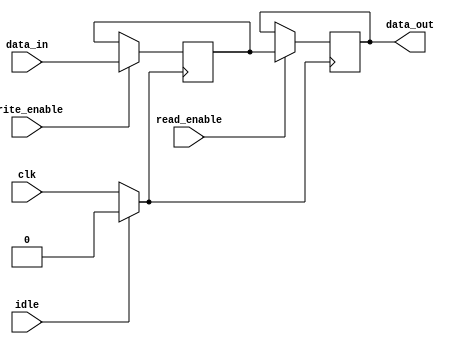
module MemoryBlock (
    input wire clk,               // Main clock
    input wire [7:0] data_in,    // Data input
    input wire write_enable,      // Write enable signal
    input wire read_enable,       // Read enable signal
    input wire idle,              // Control signal indicating idle state
    output reg [7:0] data_out     // Data output
);

    // Memory array (8 locations of 8 bits each)
    reg [7:0] mem [0:7];
    reg gated_clk;                // Gated clock signal

    // Clock gating logic
    always @(*) begin
        if (idle) begin
            gated_clk = 1'b0;      // Disable clock when idle
        end else begin
            gated_clk = clk;       // Enable clock when not idle
        end
    end

    // Memory operation
    always @(posedge gated_clk) begin
        if (write_enable) begin
            // Write data to memory
            mem[0] <= data_in;      // Writing to location 0 for simplicity
        end
        if (read_enable) begin
            // Read data from memory
            data_out <= mem[0];     // Reading from location 0 for simplicity
        end
    end

endmodule